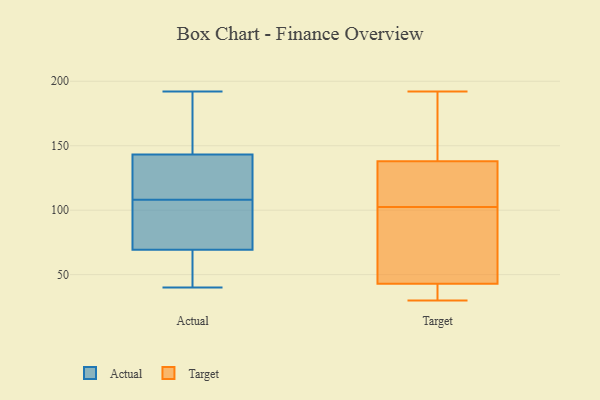
{"axis": {"x": "Gross Profit (USD K)", "y": "Value"}, "legend": ["Actual", "Target"], "data": [{"x": "", "y": 192, "type": "Actual"}, {"x": "", "y": 100, "type": "Actual"}, {"x": "", "y": 45, "type": "Actual"}, {"x": "", "y": 108, "type": "Actual"}, {"x": "", "y": 81, "type": "Actual"}, {"x": "", "y": 192, "type": "Actual"}, {"x": "", "y": 69, "type": "Actual"}, {"x": "", "y": 70, "type": "Actual"}, {"x": "", "y": 40, "type": "Actual"}, {"x": "", "y": 169, "type": "Actual"}, {"x": "", "y": 129, "type": "Actual"}, {"x": "", "y": 113, "type": "Actual"}, {"x": "", "y": 65, "type": "Actual"}, {"x": "", "y": 148, "type": "Actual"}, {"x": "", "y": 112, "type": "Actual"}, {"x": "", "y": 40, "type": "Target"}, {"x": "", "y": 43, "type": "Target"}, {"x": "", "y": 138, "type": "Target"}, {"x": "", "y": 137, "type": "Target"}, {"x": "", "y": 192, "type": "Target"}, {"x": "", "y": 30, "type": "Target"}, {"x": "", "y": 77, "type": "Target"}, {"x": "", "y": 179, "type": "Target"}, {"x": "", "y": 148, "type": "Target"}, {"x": "", "y": 130, "type": "Target"}, {"x": "", "y": 79, "type": "Target"}, {"x": "", "y": 41, "type": "Target"}, {"x": "", "y": 109, "type": "Target"}, {"x": "", "y": 96, "type": "Target"}]}